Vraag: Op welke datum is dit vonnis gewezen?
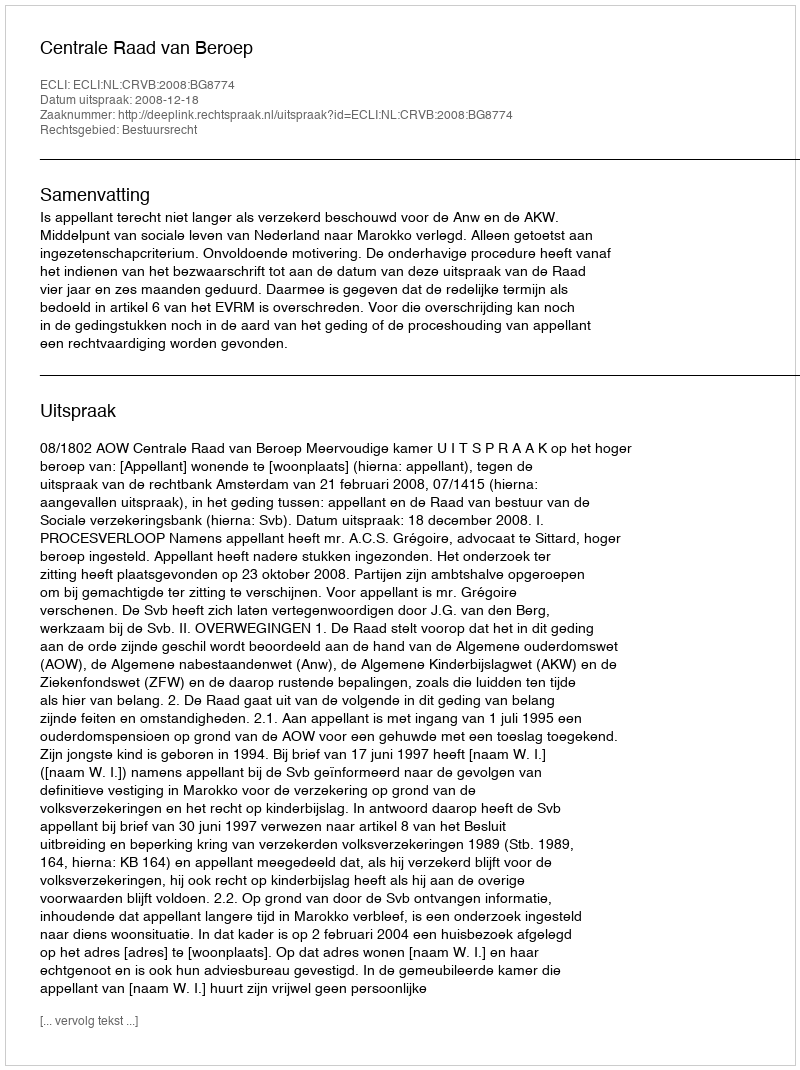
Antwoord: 2008-12-18